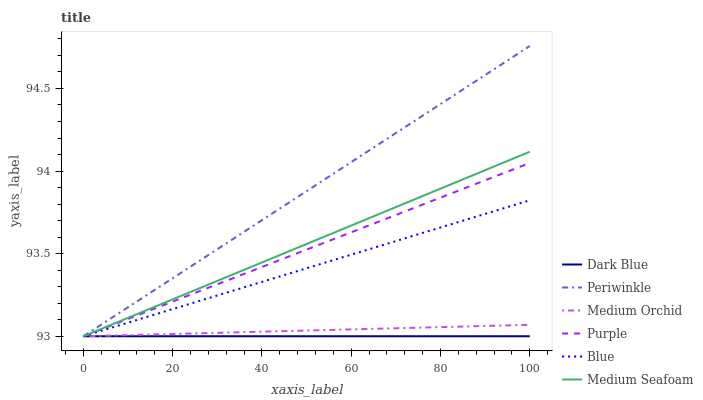
| xaxis_label | Dark Blue | Periwinkle | Medium Orchid | Purple | Blue | Medium Seafoam |
 | --- | --- | --- | --- | --- | --- | --- |
 | 0 | 93 | 93 | 93 | 93 | 93 | 93 |
 | 20 | 93 | 93.4 | 93 | 93.2 | 93.2 | 93.2 |
 | 40 | 93 | 93.7 | 93 | 93.4 | 93.3 | 93.4 |
 | 60 | 93 | 94.1 | 93 | 93.6 | 93.5 | 93.7 |
 | 80 | 93 | 94.4 | 93.1 | 93.8 | 93.7 | 93.9 |
 | 100 | 93 | 94.8 | 93.1 | 94 | 93.8 | 94.1 |